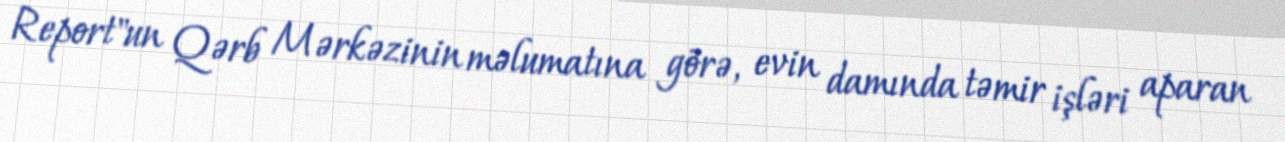
Report"un Qərb Mərkəzinin məlumatına görə, evin damında təmir işləri aparan